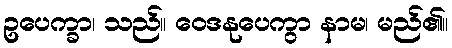
ဥပေက္ခာ၊ သည်။ ဝေဒနုပေကွာ နာမ၊ မည်၏။